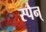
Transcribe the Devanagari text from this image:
स्पैन्